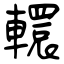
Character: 轘